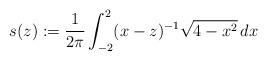
LaTeX: \begin{align*}s(z) := \frac{1}{2\pi}\int_{-2}^{2}(x-z)^{-1}\sqrt{4-x^{2}}\,dx\end{align*}